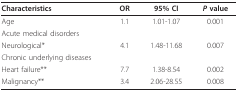
| Characteristics | OR | 95% CI | P value |
 | --- | --- | --- | --- |
 | Age | 1.1 | 1.01-1.07 | 0.001 |
 | Acute medical disorders |  |  |  |
 | Neurological* | 4.1 | 1.48-11.68 | 0.007 |
 | Chronic underlying diseases |  |  |  |
 | Heart failure** | 7.7 | 1.38-8.54 | 0.002 |
 | Malignancy** | 3.4 | 2.06-28.55 | 0.008 |